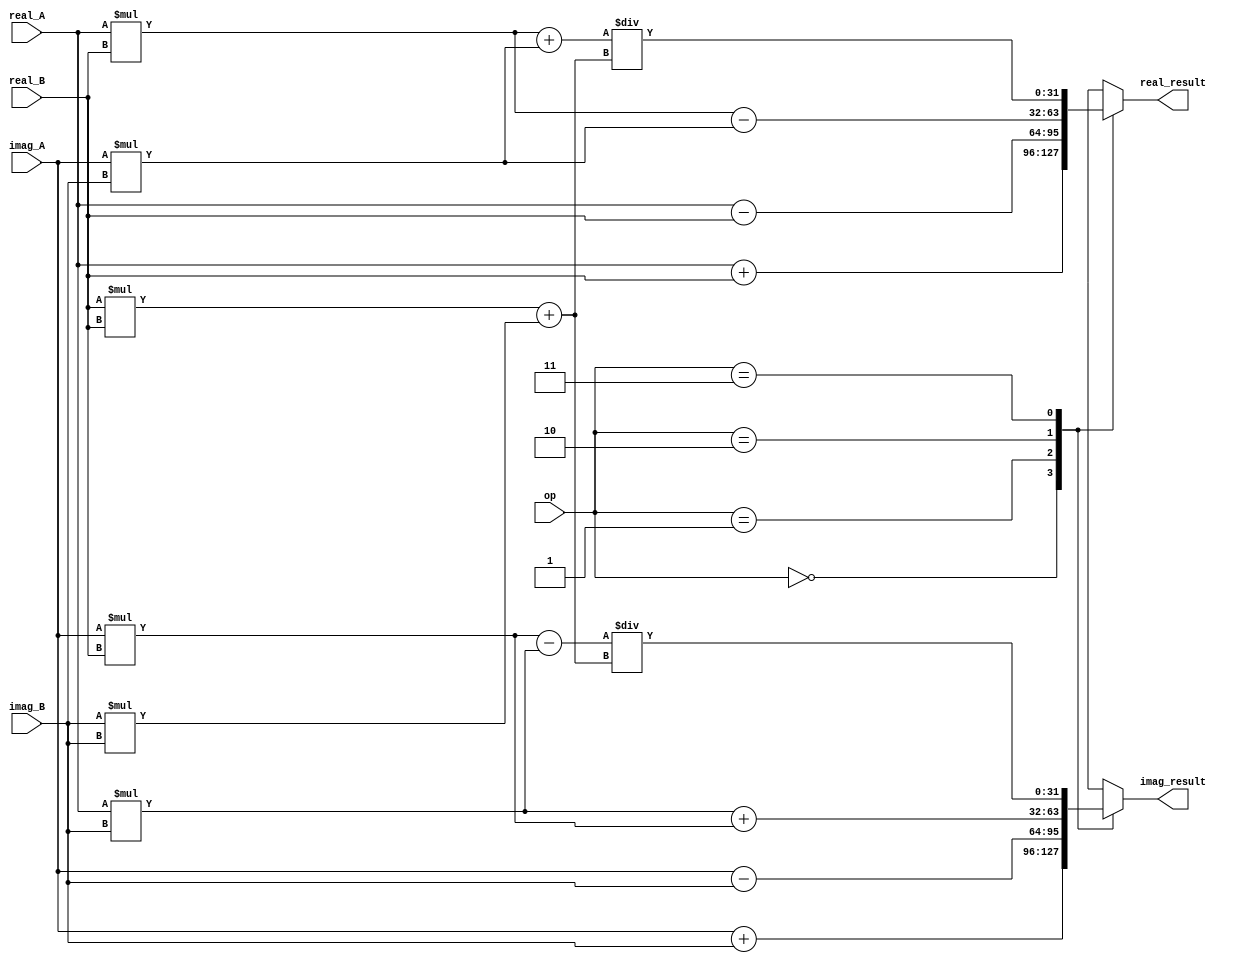
module Complex_ALU (
    input [31:0] real_A,
    input [31:0] imag_A,
    input [31:0] real_B,
    input [31:0] imag_B,
    input [1:0] op, // 00: addition, 01: subtraction, 10: multiplication, 11: division
    output reg [31:0] real_result,
    output reg [31:0] imag_result
);

always @(*) begin
    case(op)
        2'b00: begin // addition
            real_result = real_A + real_B;
            imag_result = imag_A + imag_B;
        end
        2'b01: begin // subtraction
            real_result = real_A - real_B;
            imag_result = imag_A - imag_B;
        end
        2'b10: begin // multiplication
            real_result = (real_A * real_B) - (imag_A * imag_B);
            imag_result = (real_A * imag_B) + (imag_A * real_B);
        end
        2'b11: begin // division
            real_result = ((real_A * real_B) + (imag_A * imag_B)) / ((real_B * real_B) + (imag_B * imag_B));
            imag_result = ((imag_A * real_B) - (real_A * imag_B)) / ((real_B * real_B) + (imag_B * imag_B));
        end
    endcase
end

endmodule